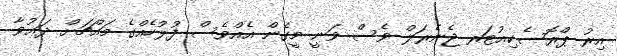
އިރު ޕްރޮސެކިއުޓަރ ޖެނެރަލް ވެސް ވަނީ މީގެން އެއްވެސް ފުލުހެއްގެ މައްޗަށް ދަޢުވާ